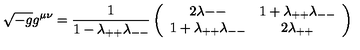
\sqrt { - g } g ^ { \mu \nu } = { \frac { 1 } { 1 - \lambda _ { + + } \lambda _ { -- } } } \left( \begin{array} { c c } { { 2 \lambda { -- } } } & { { 1 + \lambda _ { + + } \lambda _ { -- } } } \\ { { 1 + \lambda _ { + + } \lambda _ { -- } } } & { { 2 \lambda _ { + + } } } \\ \end{array} \right)